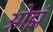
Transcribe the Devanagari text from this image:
ओझं